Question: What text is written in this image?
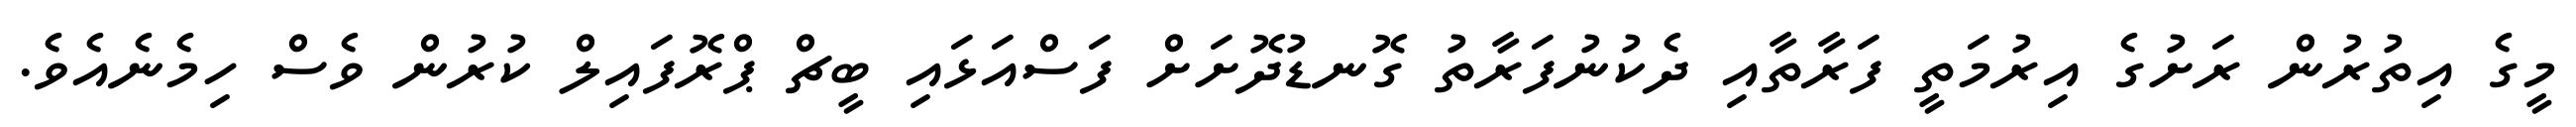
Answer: މީގެ އިތުރުން ރަށުގެ އިރުމަތީ ފަރާތާއި ދެކުނުފަރާތު ގޮނޑުދޮށަށް ފަސްއަޅައި ބީޗް ޕްރޮފައިލް ކުރުން ވެސް ހިމެނެއެވެ.